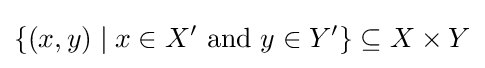
\{(x,y)\mid x\in X'{\text{ and }}y\in Y'\}\subseteq X\times Y